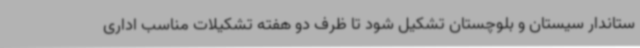
ستاندار سیستان و بلوچستان تشکیل شود تا ظرف دو هفته تشکیلات مناسب اداری